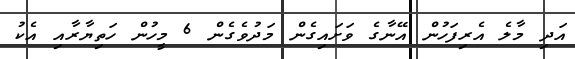
އަދި މާލެ އެރިފަހުން އޭނާގެ ވަށައިގެން މަދުވެގެން 6 މީހުން ހަތިޔާރާއި އެކު